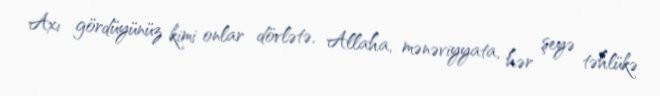
Axı gördüyünüz kimi onlar dövlətə, Allaha, mənəviyyata, hər şeyə təhlükə